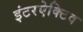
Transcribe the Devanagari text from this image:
इंटरऐक्टिव